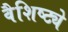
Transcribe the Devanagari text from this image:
वैशिष्‍ट्ये